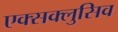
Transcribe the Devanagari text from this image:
एक्सक्लुसिव